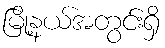
မြို့နယ်အတွင်းရှိ